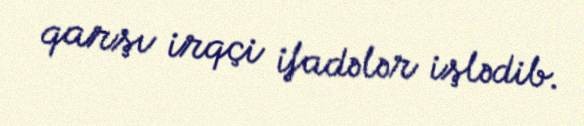
qarşı irqçi ifadələr işlədib.